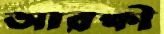
আরক্ষী